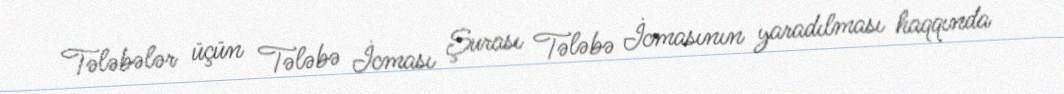
Tələbələr üçün Tələbə İcması Şurası Tələbə İcmasının yaradılması haqqında